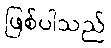
ဖြစ်ပါသည်